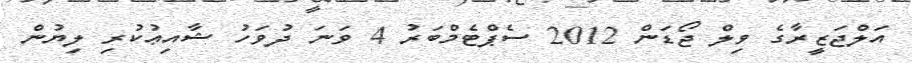
އަލްޖަޒީރާގެ ވިލް ޖޯޑަން 2012 ސެޕްޓެމްބަރު 4 ވަނަ ދުވަހު ޝާއިޢުކުރި ލިޔުން